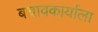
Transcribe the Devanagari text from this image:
बचावकार्याला